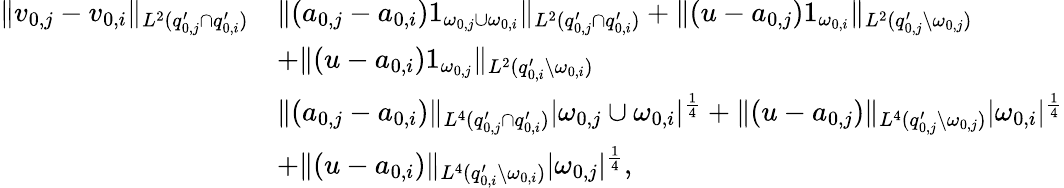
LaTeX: \begin{array}{rl}{\| v_{0,j}-v_{0,i}\| _{L^{2}(q_{0,j}^{\prime}\cap q_{0,i}^{\prime})}}&{\le\| (a_{0,j}-a_{0,i})1_{\omega_{0,j}\cup\omega_{0,i}}\| _{L^{2}(q_{0,j}^{\prime}\cap q_{0,i}^{\prime})}+\| (u-a_{0,j})1_{\omega_{0,i}}\| _{L^{2}(q_{0,j}^{\prime}\setminus\omega_{0,j})}}\\ &{+\| (u-a_{0,i})1_{\omega_{0,j}}\| _{L^{2}(q_{0,i}^{\prime}\setminus\omega_{0,i})}}\\ &{\le\| (a_{0,j}-a_{0,i})\| _{L^{4}(q_{0,j}^{\prime}\cap q_{0,i}^{\prime})}|\omega_{0,j}\cup\omega_{0,i}|^{\frac{1}{4}}+\| (u-a_{0,j})\| _{L^{4}(q_{0,j}^{\prime}\setminus\omega_{0,j})}|\omega_{0,i}|^{\frac{1}{4}}}\\ &{+\| (u-a_{0,i})\| _{L^{4}(q_{0,i}^{\prime}\setminus\omega_{0,i})}|\omega_{0,j}|^{\frac{1}{4}},}\end{array}